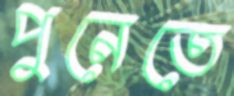
পুনেতে